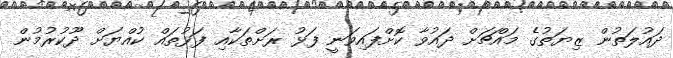
ދައުލަތުން ޒިޔަތުގެ މައްޗަށް ދައުވާ ކޮށްފައިވަނީ ފަޅު ރަށްތަކާއި ފަޅުތައް ކުއްޔަށް ދޫކުރުމުން